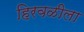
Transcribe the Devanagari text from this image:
हिरवळीला